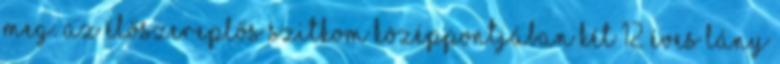
meg. Az élőszereplős szitkom középpontjában két 12 éves lány